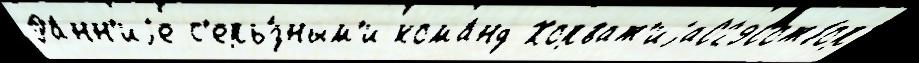
Ра́нн'иjе с'ерь́зным'и кома́нд Хорват'иjа0290отбор